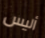
أليس